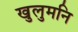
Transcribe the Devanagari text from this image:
खुलुमनि